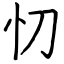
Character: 忉